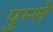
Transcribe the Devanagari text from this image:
पुम्से